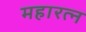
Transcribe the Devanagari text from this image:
महारत्‍न